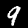
Digit: 9